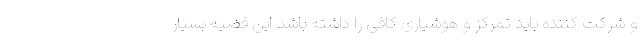
و شرکت کننده باید تمرکز و هوشیاری کافی را داشته باشد این قضیه بسیار